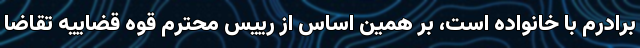
برادرم با خانواده است، بر همین اساس از رییس محترم قوه قضاییه تقاضا